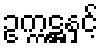
ဥက္ကဋ္ဌနှင့်